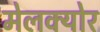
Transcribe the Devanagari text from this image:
मेलक्योर